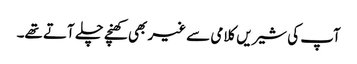
آپ کی شیریں کلامی سے غیر بھی کھنچے چلے آتے تھے۔